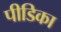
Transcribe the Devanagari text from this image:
पीडिका